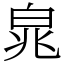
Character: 㿡